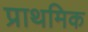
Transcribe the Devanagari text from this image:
प्राथमिक